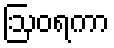
ဩဝရကာ